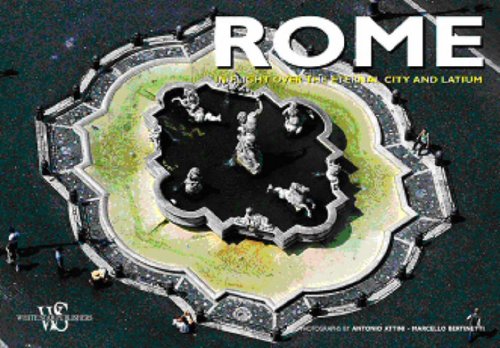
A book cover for Rome (Italy from Above); Antonio Attini; Arts & Photography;